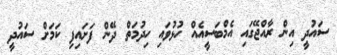
ސައުދީ އިން ރާއްޖޭގައި އެމްބަސީއެއް ހުޅުވައި ހިދުމަތް ދޭން ފަށައިފި ކަމަށް ސައުދީ